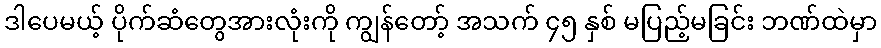
ဒါပေမယ့် ပိုက်ဆံတွေအားလုံးကို ကျွန်တော့် အသက် ၄၅ နှစ် မပြည့်မခြင်း ဘဏ်ထဲမှာ